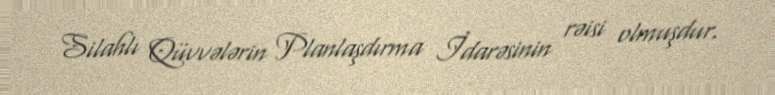
Silahlı Qüvvələrin Planlaşdırma İdarəsinin rəisi olmuşdur.